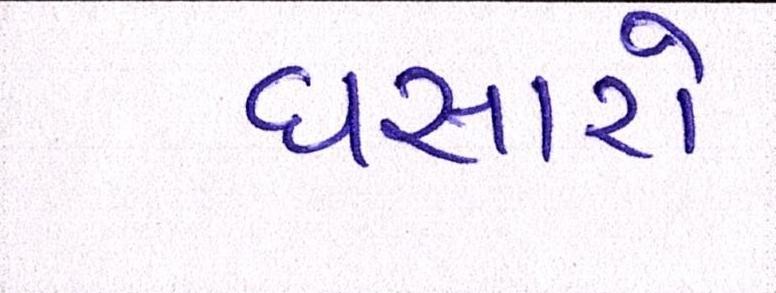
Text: ધસારો